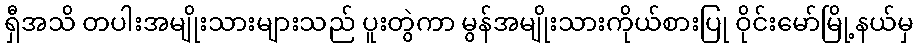
ရှီအသိ တပါးအမျိုးသားများသည် ပူးတွဲကာ မွန်အမျိုးသားကိုယ်စားပြု ဝိုင်းမော်မြို့နယ်မှ